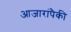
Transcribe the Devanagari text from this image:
आजारांपैकी